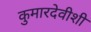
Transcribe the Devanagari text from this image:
कुमारदेवीशी